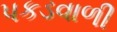
પકડવાળી